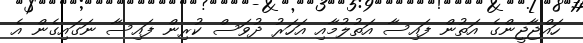
ހައްޖާޖީންގެ އަތުން ފައިސާ އަތުލުމާއި އަހަރު ދުވަސް ކުރިން ފައިސާ ނަގައިގެން އެ